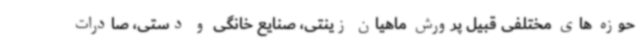
حوزه های مختلفی قبیل پرورش ماهیان زینتی، صنایع خانگی و دستی، صادرات